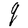
Character: q